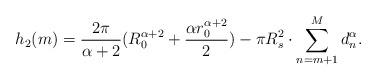
LaTeX: \begin{align*}{h_2}(m) = \frac{{2\pi }}{{\alpha + 2}}(R_0^{\alpha + 2} + \frac{{\alpha r_0^{\alpha + 2}}}{2}) - \pi R_s^2 \cdot \sum\limits_{n = m + 1}^M {d_n^\alpha }.\end{align*}